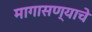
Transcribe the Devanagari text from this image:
मागासण्याचे